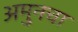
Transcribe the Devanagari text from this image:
अमुनचा